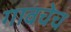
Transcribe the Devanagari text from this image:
गावचेच